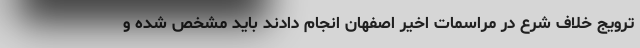
ترویج خلاف شرع در مراسمات اخیر اصفهان انجام دادند باید مشخص شده و